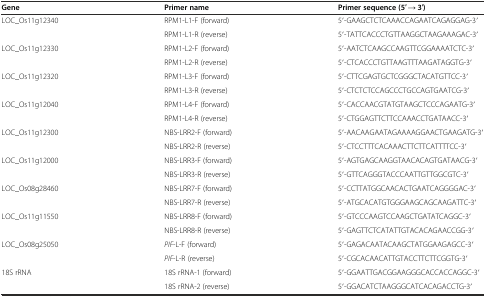
| Gene | Primer name | Primer sequence (5′ → 3′) |
 | --- | --- | --- |
 | LOC_Os11g12340 | RPM1-L1-F (forward) | 5′-GAAGCTCTCAAACCAGAATCAGAGGAG-3′ |
 |  | RPM1-L1-R (reverse) | 5′-TATTCACCCTGTTAAGGCTAAGAAAGAC-3′ |
 | LOC_Os11g12330 | RPM1-L2-F (forward) | 5′-AATCTCAAGCCAAGTTCGGAAAATCTC-3′ |
 |  | RPM1-L2-R (reverse) | 5′-CTCACCCTGTTAAGTTTAAGATAGGTG-3′ |
 | LOC_Os11g12320 | RPM1-L3-F (forward) | 5′-CTTCGAGTGCTCGGGCTACATGTTCC-3′ |
 |  | RPM1-L3-R (reverse) | 5′-CTCTCTCCAGCCCTGCCAGTGAATCG-3′ |
 | LOC_Os11g12040 | RPM1-L4-F (forward) | 5′-CACCAACGTATGTAAGCTCCCAGAATG-3′ |
 |  | RPM1-L4-R (reverse) | 5′-CTGGAGTTCTTCCAAACCTGATAACC-3′ |
 | LOC_Os11g12300 | NBS-LRR2-F (forward) | 5′-AACAAGAATAGAAAAGGAACTGAAGATG-3′ |
 |  | NBS-LRR2-R (reverse) | 5′-CTCCTTTCACAAACTTCTTCATTTTCC-3′ |
 | LOC_Os11g12000 | NBS-LRR3-F (forward) | 5′-AGTGAGCAAGGTAACACAGTGATAACG-3′ |
 |  | NBS-LRR3-R (reverse) | 5′-GTTCAGGGTACCCAATTGTTGGCGTC-3′ |
 | LOC_Os08g28460 | NBS-LRR7-F (forward) | 5′-CCTTATGGCAACACTGAATCAGGGGAC-3′ |
 |  | NBS-LRR7-R (reverse) | 5′-ATGCACATGTGGGAAGCAGCAAGATTC-3′ |
 | LOC_Os11g11550 | NBS-LRR8-F (forward) | 5′-GTCCCAAGTCCAAGCTGATATCAGGC-3′ |
 |  | NBS-LRR8-R (reverse) | 5′-GAGTTCTCATATTGTACACAGAACCGG-3′ |
 | LOC_Os08g25050 | PIF-L-F (forward) | 5′-GAGACAATACAAGCTATGGAAGAGCC-3′ |
 |  | PIF-L-R (reverse) | 5′-CGCACAACATTGTACCTTCTTCGGTG-3′ |
 | 18S rRNA | 18S rRNA-1 (forward) | 5′-GGAATTGACGGAAGGGCACCACCAGGC-3′ |
 |  | 18S rRNA-2 (reverse) | 5′-GGACATCTAAGGGCATCACAGACCTG-3′ |